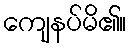
ကျေနပ်မိ၏။